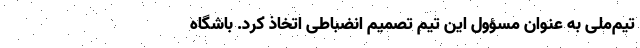
‌تیم‌ملی به عنوان مسؤول این تیم‌ تصمیم ‌انضباطی اتخاذ کرد. باشگاه